Report on horse surra - Volume II, Part II
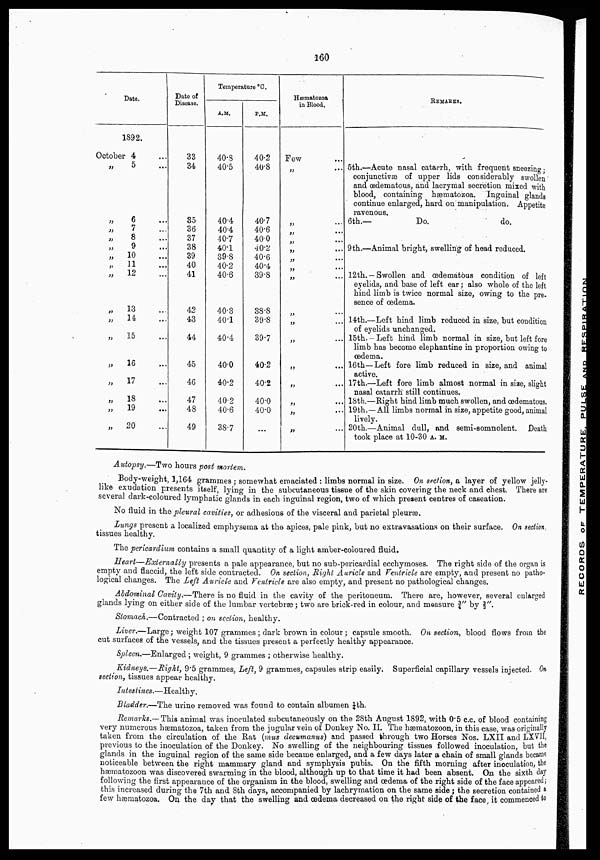
160
Date.
1892.
October 4
„
„
„
„
„
„
„
„
„
„
„
„
„
„
„
„
5
6
7
8
9
10
11
12
13
14
15
16
17
18
19
20
Date of
Disease.
33
34
35
36
37
38
39
40
41
42
43
44
45
46
47
48
49
Temperature °C.
A.M.
40.8
40.5
40.4
40.4
40.7
40.1
39.8
40.2
40.6
40.3
40.1
40.4
40.0
40.2
40.2
40.6
38.7
P.M.
40.2
40.8
40.7
40.6
40.0
40.2
40.6
40.4
39.8
38.8
39.8
39.7
402
40.2
40.0
40.0
...
Hæatozoa
in Blood.
Few
„
...
„ ...
„ ...
„ ...
„ ...
„ ...
„ ...
„ ...
„ ...
„ ...
„ ...
„ ...
„ ...
„ ...
„ ...
„ ...
REMARKS.
5th.—Acute nasal catarrh, with frequent sneezing ;
conjunctivæ of upper lids considerably swollen
and œdematous, and lacrymal secretion mixed with
blood, containing hæmatozoa. Inguinal glands
continue enlarged, hard on manipulation. Appetite
ravenous.
6th.—
Do.
do.
9th.—Animal bright, swelling of head reduced.
12th. —Swollen and œdematous condition of left
eyelids, and base of left ear ; also whole of the left
hind limb is twice normal size, owing to the pre-
sence of œdema.
14th.—Left hind limb reduced in size, but condition
of eyelids unchanged.
15th.—Left hind limb normal in size, but left fore
limb has become elephantine in proportion owing to
œdema.
16th—Left fore limb reduced in size, and animal
active.
17th.—Left fore limb almost normal in size, slight
nasal catarrh still continues.
18th.—Right hind limb much swollen, and œdematous.
19th.—All limbs normal in size, appetite good, animal
lively.
20th.—Animal dull, and semi-somnolent. Death
took place at 10-30 A.M.
Autopsy.—Two hours post mortem.
Body-weight, 1,164 grammes; somewhat emaciated : limbs normal in size. On section, a layer of yellow jelly-
like exudation presents itself, lying in the subcutaneous tissue of the skin covering the neck and chest. There are
several dark-coloured lymphatic glands in each inguinal region, two of which present centres of caseation.
No fluid in the pleural cavities, or adhesions of the visceral and parietal pleuræ.
Lungs present a localized emphysema at the apices, pale pink, but no extravasations on their surface. On section,
tissues healthy.
The pericardium contains a small quantity of a light amber-coloured fluid.
Heart—Externally presents a pale appearance, but no sub-pericardial ecchymoses. The right side of the organ is
empty and flaccid, the left side contracted. On section, Right Auricle and Ventricle are empty, and present no patho-
logical changes. The Left Auricle and Ventricle are also empty, and present no pathological changes.
Abdominal Cavity.—There is no fluid in the cavity of the peritoneum. There are, however, several enlarged
glands lying on either side of the lumbar vertebræ ; two are brick-red in colour, and measure ¾" by 2/3".
Stomach.—Contracted ; on section, healthy.
Liver.—Large ; weight 107 grammes ; dark brown in colour ; capsule smooth. On section, blood flows from the
cut surfaces of the vessels, and the tissues present a perfectly healthy appearance.
Spleen.—Enlarged ; weight, 9 grammes ; otherwise healthy.
Kidneys.—Right, 9.5 grammes, Left, 9 grammes, capsules strip easily. Superficial capillary vessels injected. On
section, tissues appear healthy.
Intestines.—Healthy.
Bladder.—The urine removed was found to contain albumen ¼th.
Remarks.— This animal was inoculated subcutaneously on the 28th August 1892, with 0.5 c.c. of blood containing
very numerous hæmatozoa, taken from the jugular vein of Donkey No. II. The hæmatozoon, in this case, was originally
taken from the circulation of the Rat (mus decumanus) and passed through two Horses Nos. LXII and LXVII,
previous to the inoculation of the Donkey. No swelling of the neighbouring tissues followed inoculation, but the
glands in the inguinal region of the same side became enlarged, and a few days later a chain of small glands became
noticeable between the right mammary gland and symphysis pubis. On the fifth morning after inoculation, the
hæmatozoon was discovered swarming in the blood, although up to that time it had been absent. On the sixth day
following the first appearance of the organism in the blood, swelling and œdema of the right side of the face appeared;
this increased during the 7th and 8th days, accompanied by lachrymation on the same side; the secretion contained a
few hæmatozoa. On the day that the swelling and œdema decreased on the right side of the face it commenced to